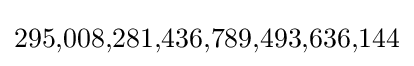
295,\!008,\!281,\!436,\!789,\!493,\!636,\!144